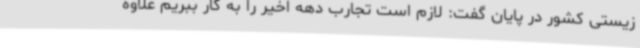
زیستی کشور در پایان گفت: لازم است تجارب دهه اخیر را به کار ببریم علاوه